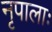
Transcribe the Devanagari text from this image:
नृपालाः